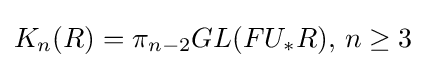
K_{n}(R)=\pi _{n-2}GL(FU_{*}R),\,n\geq 3